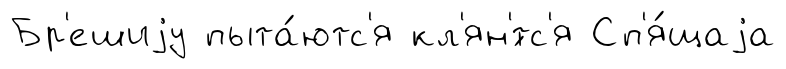
Бр'ешиjу пыта́ютс'я кл'ян'́тс'я Сп'я́щаjа